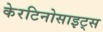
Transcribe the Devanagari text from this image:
केरटिनोसाइट्स